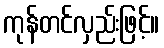
ကုန်တင်လှည်းဖြင့်။